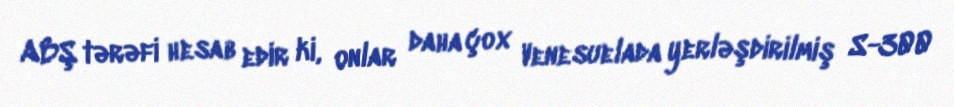
ABŞ tərəfi hesab edir ki, onlar daha çox Venesuelada yerləşdirilmiş S-300